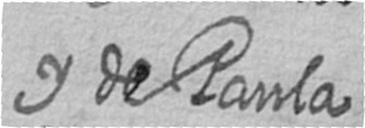
y de Paula